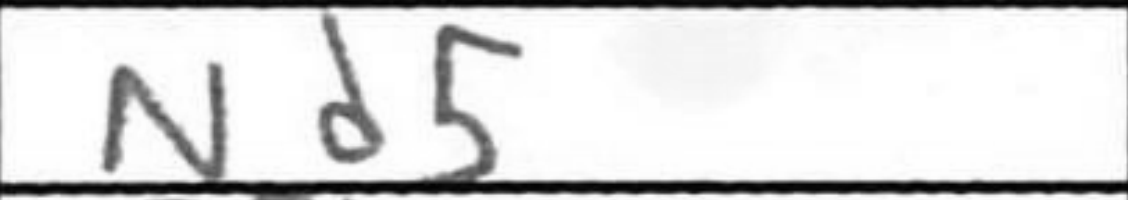
Transcription: Nd5